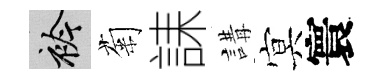
衿菊誄講㝠寰